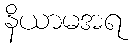
နိယာမအရ